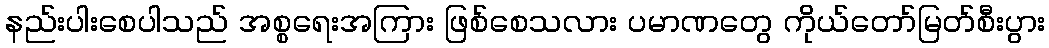
နည်းပါးစေပါသည် အစ္စရေးအကြား ဖြစ်စေသလား ပမာဏတွေ ကိုယ်တော်မြတ်စီးပွား